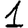
Digit: 1